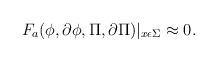
LaTeX: \begin{align*} F_{a}(\phi, \partial \phi, \Pi, \partial \Pi)|_{x \epsilon \Sigma}\approx 0.\end{align*}